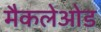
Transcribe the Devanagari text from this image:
मैकलेओड